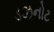
ડઝનોટ